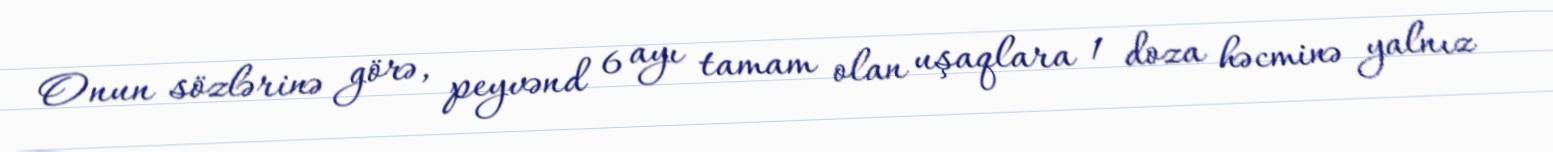
Onun sözlərinə görə, peyvənd 6 ayı tamam olan uşaqlara 1 doza həcminə yalnız